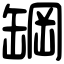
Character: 罁